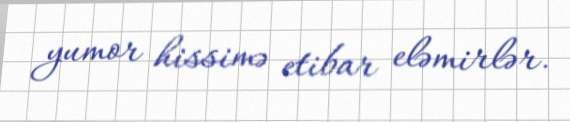
yumor hissimə etibar eləmirlər.